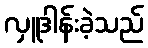
လှူဒါန်းခဲ့သည်